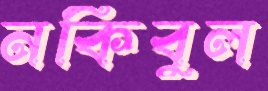
নকিবুল